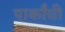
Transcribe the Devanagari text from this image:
पार्कांची